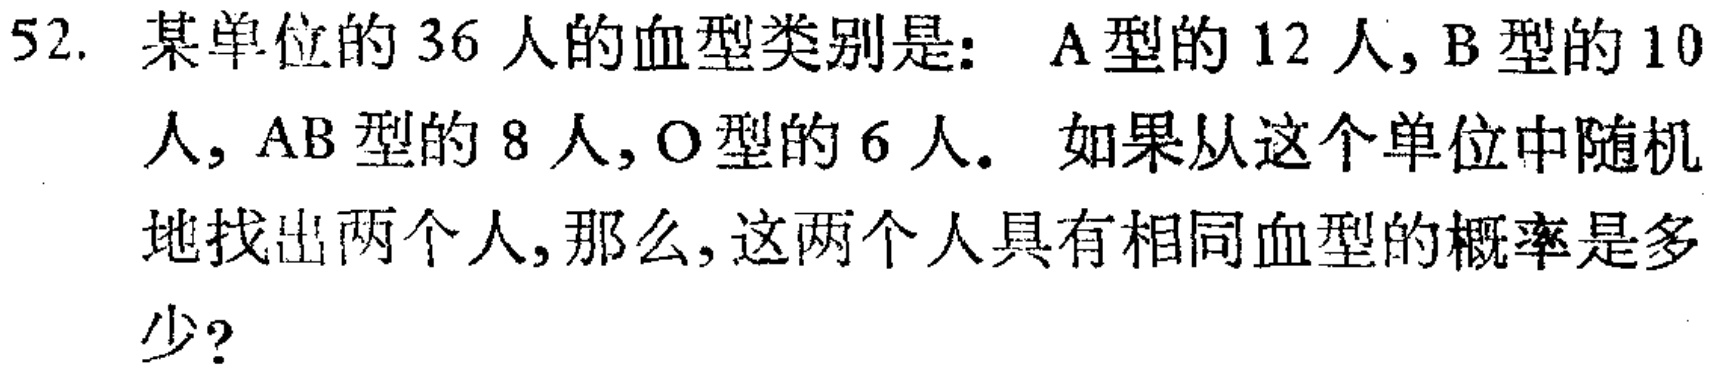
52. 某单位的36人的血型类别是：A型的12人, B型的10人, AB型的8人, O型的6人. 如果从这个单位中随机地找出两个人,那么,这两个人具有相同血型的概率是多少?